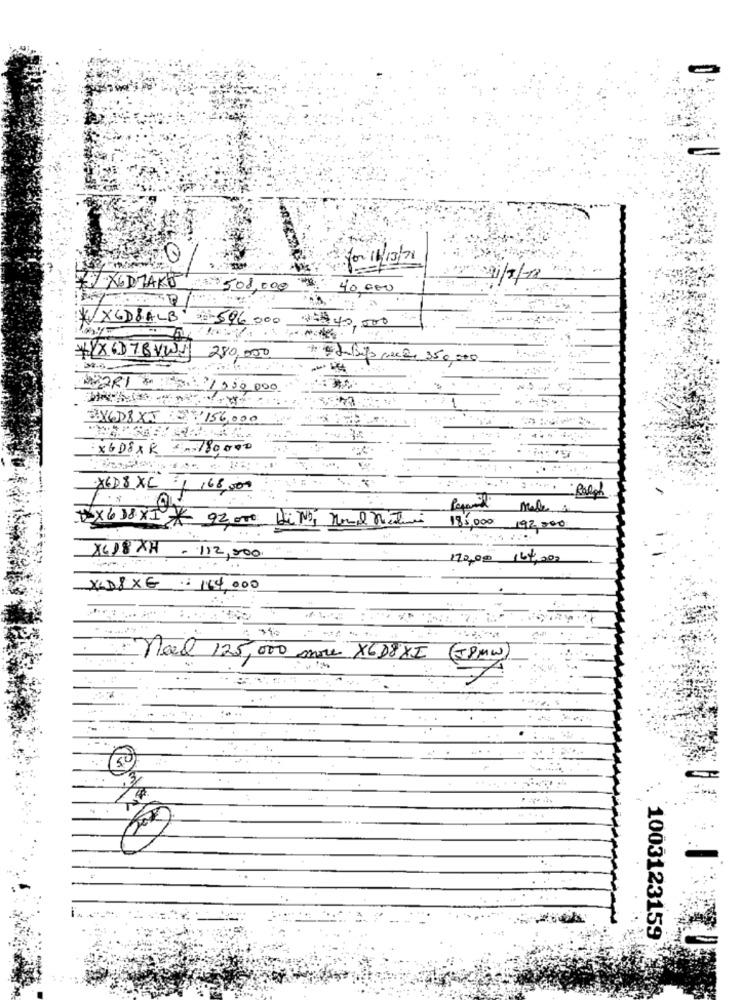
for 1/13/71
XDJAKO
508,000
40.000
1/7/12
*X6D8ALB
3:596000
$$$40,000
KYX6D78VWJ
280,000
# Udkip much 350,000
7,50,000
BYGDBXT:156,000
XGDEAR =- 180,000
XEDSXC 1 ,68,000
Male i
185,000
TX618XI * 92,000 Di No, Nomal Martina
192,000
X618XH
-112,000.
170,00 164,000
XD8 XE : 164,000
Meel 125,000 more X6D8XI
(JPMW
5
1003123159